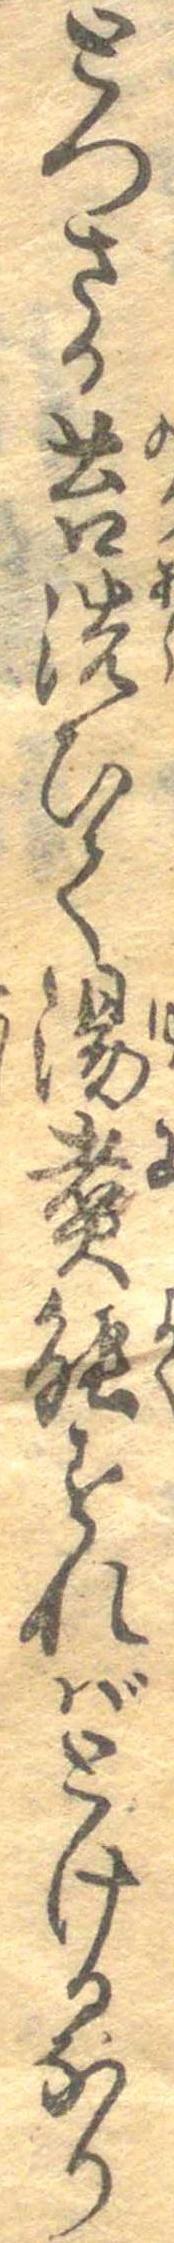
とつさか苔洗ひて湯煮能すればとけるなり